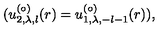
( u _ { 2 , \lambda , l } ^ { ( \circ ) } ( r ) = u _ { 1 , \lambda , - l - 1 } ^ { ( \circ ) } ( r ) ) ,